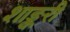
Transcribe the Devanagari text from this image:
शाङ्करी